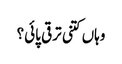
وہاں کتنی ترقی پائی؟